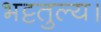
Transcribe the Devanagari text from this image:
भट्टतुल्य।